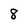
Character: 8